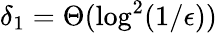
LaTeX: \delta_{1}=\Theta(\log^{2}(1/\epsilon))